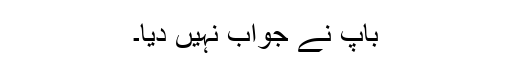
باپ نے جواب نہیں دیا۔